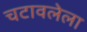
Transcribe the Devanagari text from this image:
चटावलेला